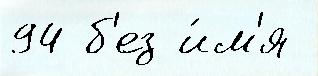
94 б'ез и́м'я